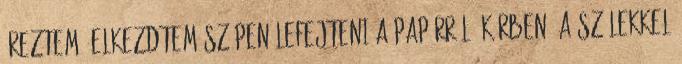
éreztem, elkezdtem szépen lefejteni a papírról. Körben, a szélekkel